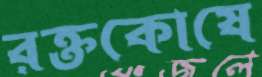
রক্তকোষে